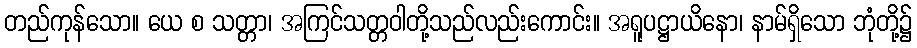
တည်ကုန်သော။ ယေ စ သတ္တာ၊ အကြင်သတ္တဝါတို့သည်လည်းကောင်း။ အရူပဋ္ဌာယိနော၊ နာမ်ရှိသော ဘုံတို့၌